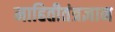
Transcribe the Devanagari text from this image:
माहितीतंत्रज्ञान